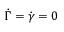
\dot { \Gamma } = \dot { \gamma } = 0